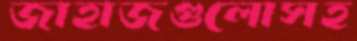
জাহাজগুলোসহ